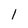
Character: 1